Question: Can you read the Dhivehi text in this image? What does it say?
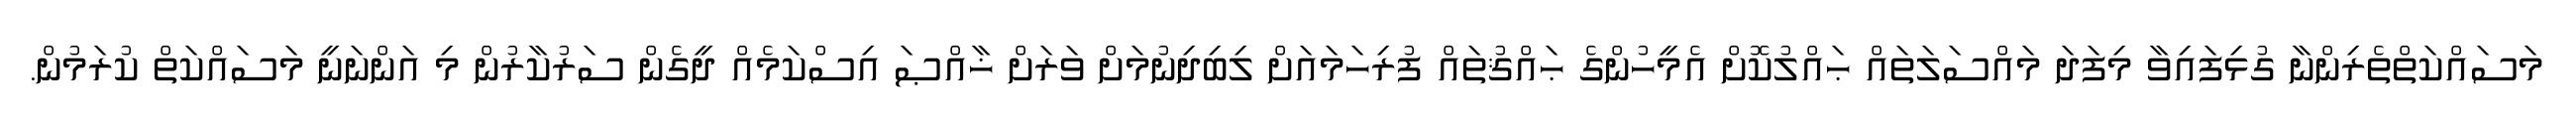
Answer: މަސައްކަތްތެރިންނާ ގުޅިފައިވާ މިފަދަ މައްސަލަތައް ޙައްލުކޮށް އެމީހުންގެ ޙައްޤުތައް ފުރިހަމައަށް ލިބިދިނުމަށް ވަރަށް ޚާއްޞަ އިސްކަމެއް ދީގެން ސަރުކާރުން މި އަންނަނީ މަސައްކަތް ކުރަމުން.